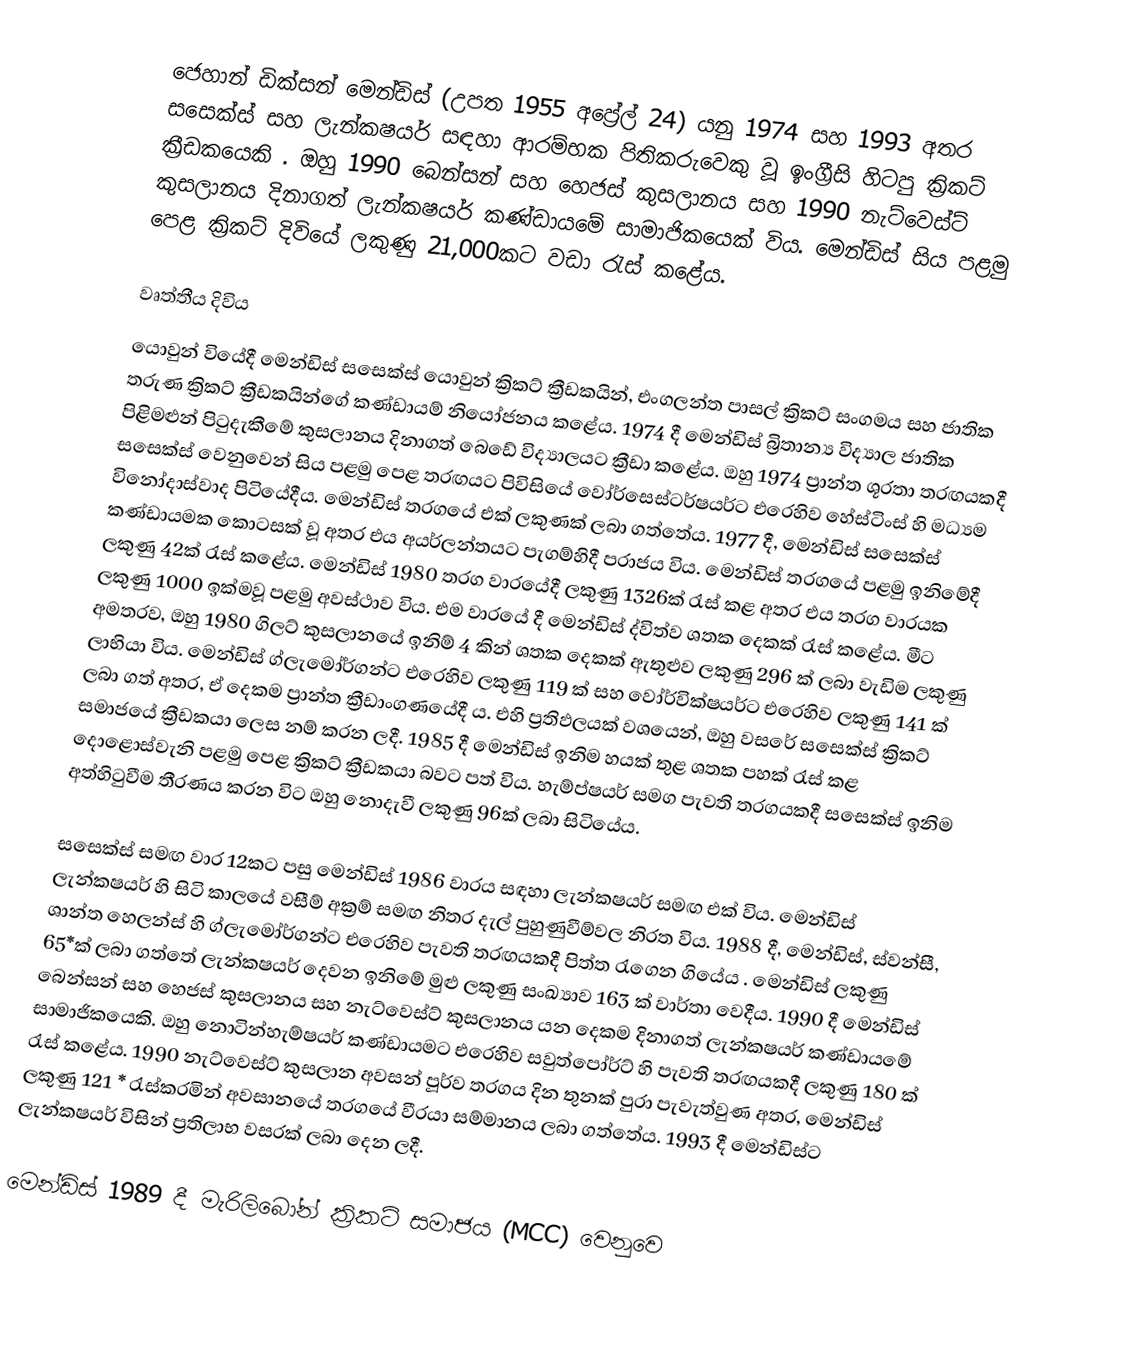
ජෙහාන් ඩික්සන් මෙන්ඩිස් (උපත 1955 අප්‍රේල් 24) යනු 1974 සහ 1993 අතර සසෙක්ස් සහ ලැන්කෂයර් සඳහා ආරම්භක පිතිකරුවෙකු වූ ඉංග්‍රීසි හිටපු ක්‍රිකට් ක්‍රීඩකයෙකි . ඔහු 1990 බෙන්සන් සහ හෙජස් කුසලානය සහ 1990 නැට්වෙස්ට් කුසලානය දිනාගත් ලැන්කෂයර් කණ්ඩායමේ සාමාජිකයෙක් විය. මෙන්ඩිස් සිය පළමු පෙළ ක්‍රිකට් දිවියේ ලකුණු 21,000කට වඩා රැස් කළේය.

වෘත්තීය දිවිය
යොවුන් වියේදී මෙන්ඩිස් සසෙක්ස් යොවුන් ක්‍රිකට් ක්‍රීඩකයින්, එංගලන්ත පාසල් ක්‍රිකට් සංගමය සහ ජාතික තරුණ ක්‍රිකට් ක්‍රීඩකයින්ගේ කණ්ඩායම් නියෝජනය කළේය. 1974 දී මෙන්ඩිස් බ්‍රිතාන්‍ය විද්‍යාල ජාතික පිළිමළුන් පිටුදැකීමේ කුසලානය දිනාගත්  බෙඩේ විද්‍යාලයට ක්‍රීඩා කළේය. ඔහු 1974 ප්‍රාන්ත ශූරතා තරඟයකදී සසෙක්ස් වෙනුවෙන් සිය පළමු පෙළ තරඟයට පිවිසියේ වෝර්සෙස්ටර්ෂයර්ට එරෙහිව හේස්ටිංස් හි මධ්‍යම විනෝදාස්වාද පිටියේදීය. මෙන්ඩිස් තරගයේ එක් ලකුණක් ලබා ගත්තේය. 1977 දී, මෙන්ඩිස් සසෙක්ස් කණ්ඩායමක කොටසක් වූ අතර එය අයර්ලන්තයට පැගම්හිදී පරාජය විය. මෙන්ඩිස් තරගයේ පළමු ඉනිමේදී ලකුණු 42ක් රැස් කළේය. මෙන්ඩිස් 1980 තරග වාරයේදී ලකුණු 1326ක් රැස් කළ අතර එය තරග වාරයක ලකුණු 1000 ඉක්මවූ පළමු අවස්ථාව විය. එම වාරයේ දී මෙන්ඩිස් ද්විත්ව ශතක දෙකක් රැස් කළේය. මීට අමතරව, ඔහු 1980 ගිලට් කුසලානයේ ඉනිම් 4 කින් ශතක දෙකක් ඇතුළුව ලකුණු 296 ක් ලබා වැඩිම ලකුණු ලාභියා විය. මෙන්ඩිස් ග්ලැමෝර්ගන්ට එරෙහිව ලකුණු 119 ක් සහ වෝර්වික්ෂයර්ට එරෙහිව ලකුණු 141 ක් ලබා ගත් අතර, ඒ දෙකම ප්‍රාන්ත ක්‍රීඩාංගණයේදී ය. එහි ප්‍රතිඵලයක් වශයෙන්, ඔහු වසරේ සසෙක්ස් ක්‍රිකට් සමාජයේ ක්‍රීඩකයා ලෙස නම් කරන ලදී. 1985 දී මෙන්ඩිස් ඉනිම හයක් තුළ ශතක පහක් රැස් කළ දොළොස්වැනි පළමු පෙළ ක්‍රිකට් ක්‍රීඩකයා බවට පත් විය. හැම්ප්ෂයර් සමග පැවති තරගයකදී සසෙක්ස් ඉනිම අත්හිටුවීම තීරණය කරන විට ඔහු නොදැවී ලකුණු 96ක් ලබා සිටියේය.

සසෙක්ස් සමඟ වාර 12කට පසු මෙන්ඩිස් 1986 වාරය සඳහා ලැන්කෂයර් සමඟ එක් විය. මෙන්ඩිස් ලැන්කෂයර් හි සිටි කාලයේ වසීම් අක්‍රම් සමඟ නිතර දැල් පුහුණුවීම්වල නිරත විය. 1988 දී, මෙන්ඩිස්, ස්වන්සී, ශාන්ත හෙලන්ස් හි ග්ලැමෝර්ගන්ට එරෙහිව පැවති තරඟයකදී පිත්ත රැගෙන ගියේය . මෙන්ඩිස් ලකුණු 65*ක් ලබා ගත්තේ ලැන්කෂයර් දෙවන ඉනිමේ මුළු ලකුණු සංඛ්‍යාව 163 ක් වාර්තා වෙදීය. 1990 දී මෙන්ඩිස් බෙන්සන් සහ හෙජස් කුසලානය සහ නැට්වෙස්ට් කුසලානය යන දෙකම දිනාගත් ලැන්කෂයර් කණ්ඩායමේ සාමාජිකයෙකි. ඔහු නොටින්හැම්ෂයර් කණ්ඩායමට එරෙහිව සවුත්පෝර්ට් හි පැවති තරඟයකදී ලකුණු 180 ක් රැස් කළේය. 1990 නැට්වෙස්ට් කුසලාන අවසන් පූර්ව තරගය දින තුනක් පුරා පැවැත්වුණ අතර, මෙන්ඩිස් ලකුණු 121 * රැස්කරමින් අවසානයේ තරගයේ වීරයා සම්මානය ලබා ගත්තේය. 1993 දී මෙන්ඩිස්ට ලැන්කෂයර් විසින් ප්‍රතිලාභ වසරක් ලබා දෙන ලදී.

මෙන්ඩිස් 1989 දී මැරිලිබෝන් ක්‍රිකට් සමාජය (MCC) වෙනුවෙ